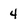
Character: 4